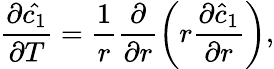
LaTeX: \frac{\partial\hat{c_{1}}}{\partial T}=\frac{1}{r}\frac{\partial}{\partial r}\left(r\frac{\partial\hat{c}_{1}}{\partial r}\right),